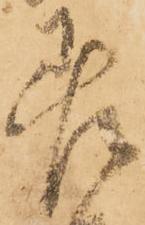
差